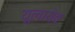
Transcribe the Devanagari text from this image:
यूलायेव